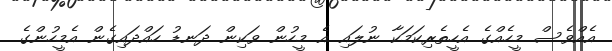
އެއްވެސް މީހެއްގެ އެހީތެރިކަމަކާ ނުލައި އެ މީހުން ވަކިން ދަނޑު ހައްދައިގެން އެމީހުންގެ